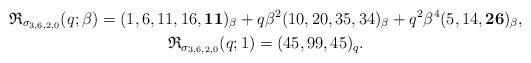
LaTeX: \begin{gather*}\mathfrak{R}_{\sigma_{3,6,2,0}}(q;\beta) = (1,6,11,16,{\bf 11})_{\beta} +q \beta^2 (10,20,35,34)_{\beta}+q^2 \beta^4 (5,14,{\bf 26})_{\beta},\\\mathfrak{R}_{\sigma_{3,6,2,0}}(q;1) = (45,99,45)_{q}.\end{gather*}